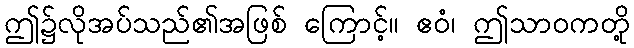
ဤ၌လိုအပ်သည်၏အဖြစ် ကြောင့်။ ဧဝံ၊ ဤသာဝကတို့